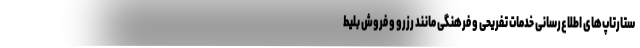
ستارتاپ‌های اطلاع‌رسانی خدمات تفریحی و فرهنگی مانند رزرو و فروش بلیط